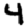
Digit: 4